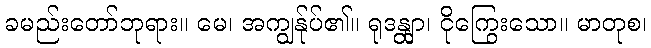
ခမည်းတော်ဘုရား။ မေ၊ အကျွန်ုပ်၏။ ရုဒန္တျာ၊ ငိုကြွေးသော။ မာတုစ၊